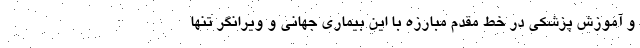
و آموزش پزشکی در خط مقدم مبارزه با این بیماری جهانی و ویرانگر تنها